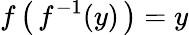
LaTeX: f\left(\, f^{-1}(y)\, \right)=y